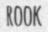
ROOK